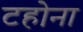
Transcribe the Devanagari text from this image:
टहोना